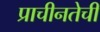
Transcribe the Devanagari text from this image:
प्राचीनतेची